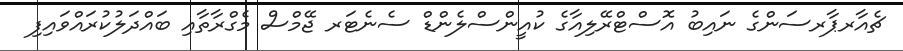
ޗެއާރޕާރސަންގެ ނައިބު އޮސްޓްރޭލިއާގެ ކުއީންސްލެންޑް ސެނެޓަރ ޖޭމްސް މެގްރާތާއި ބައްދަލުކުރައްވައިފި